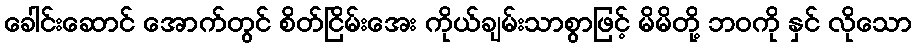
ခေါင်းဆောင် အောက်တွင် စိတ်ငြိမ်းအေး ကိုယ်ချမ်းသာစွာဖြင့် မိမိတို့ ဘဝကို နှင် လိုသော